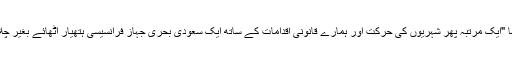
ACAT-فرانس کی نتالی سیف نے ایک بیان میں کہا "ایک مرتبہ پھر شہریوں کی حرکت اور ہمارے قانونی اقدامات کے ساتھ ایک سعودی بحری جہاز فرانسیسی ہتھیار اٹھائے بغیر چلا گیا، اس مرتبہ فو-سو-مے میں ۔